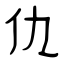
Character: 仇